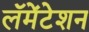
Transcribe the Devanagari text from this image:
लॅमेंटेशन